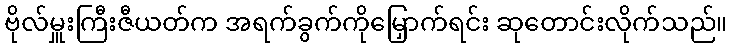
ဗိုလ်မှူးကြီးဇီယတ်က အရက်ခွက်ကိုမြှောက်ရင်း ဆုတောင်းလိုက်သည်။